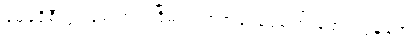
မေခရိုစီးပွားရေးတည်ငြိမ်လာတဲ့အခါ ငွေကြေးဖောင်းပွမှုရော